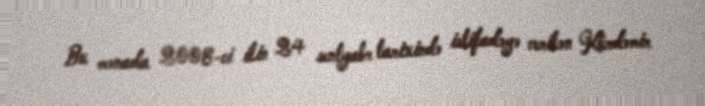
Bu mənada 2008-ci ilin 24 sentyabr tarixində istifadəyə verilən Kürdəmir